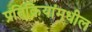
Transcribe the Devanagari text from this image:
प्रतिक्रियांमधील